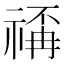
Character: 𥚳